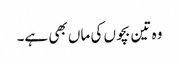
وہ تین بچوں کی ماں بھی ہے۔